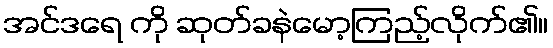
အင်ဒရေ ကို ဆုတ်ခနဲမော့ကြည့်လိုက်၏။